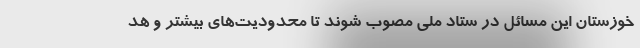
خوزستان این مسائل در ستاد ملی مصوب شوند تا محدودیت‌های بیشتر و هد